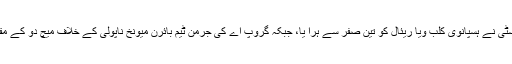
ایک اور برطانوی کلب مانچسٹر سٹی نے ہسپانوی کلب ویا ریئال کو تین صفر سے ہرا یا، جبکہ گروپ اے کی جرمن ٹیم بائرن میونخ ناپولی کے خلاف میچ دو کے مقابلے میں تین گول سے جیت گئی۔